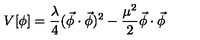
V [ \phi ] = \frac { \lambda } { 4 } ( \vec { \phi } \cdot \vec { \phi } ) ^ { 2 } - \frac { \mu ^ { 2 } } { 2 } \vec { \phi } \cdot \vec { \phi } \,